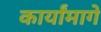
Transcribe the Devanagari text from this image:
कार्यांमागे